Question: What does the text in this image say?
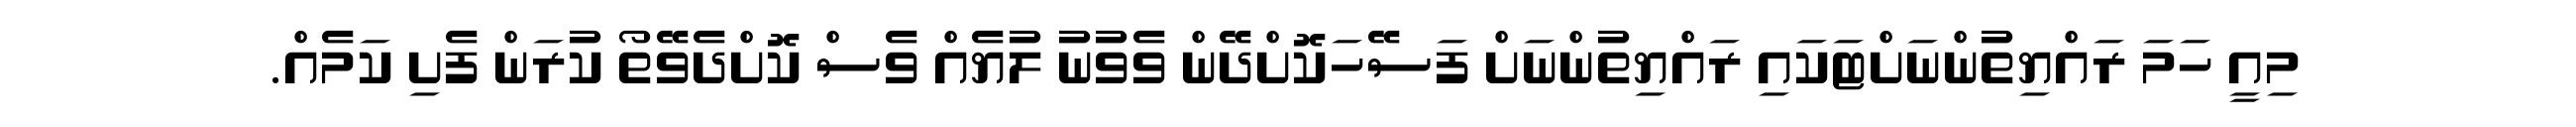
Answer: މިއީ ހަމަ ރައްޔިތުންނަށްޓަކައި ރައްޔިތުންނަށް ފަސޭހަކޮށްދޭން ވެވުނު ލުޔެއް ވެސް ކޮށްދެވޭތޯ ކުރަން ފެށި ކަމެއް.